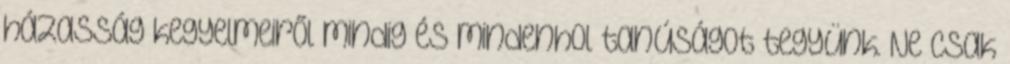
házasság kegyelmeiről mindig és mindenhol tanúságot tegyünk. Ne csak